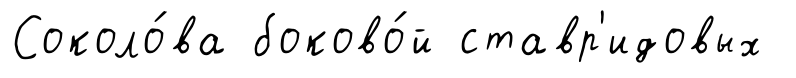
Соколо́ва боково́й ставр'идовых